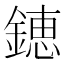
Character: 𨫍